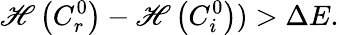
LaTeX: \mathscr{H}\left({C}_{r}^{0}\right)-\mathscr{H}\left({C}_{i}^{0}\right))>\Delta E.